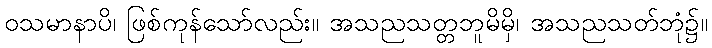
ဝသမာနာပိ၊ ဖြစ်ကုန်သော်လည်း။ အသညသတ္တဘူမိမှိ၊ အသညသတ်ဘုံ၌။